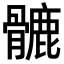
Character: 𩪉